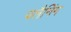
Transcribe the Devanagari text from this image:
पलैनिंग